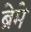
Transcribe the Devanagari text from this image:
ब्रेमे